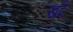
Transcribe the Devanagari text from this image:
खर्द